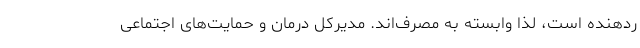
ردهنده است، لذا وابسته به مصرف‌اند. مدیرکل درمان و حمایت‌های اجتماعی